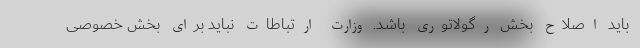
باید اصلاح بخش رگولاتوری باشد. وزارت ارتباطات نباید برای بخش خصوصی